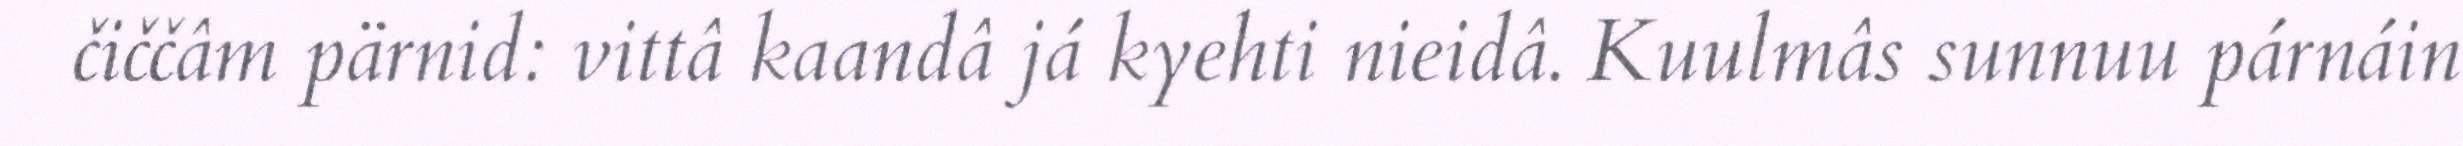
čiččâm pärnid: vittâ kaandâ já kyehti nieidâ. Kuulmâs sunnuu párnáin